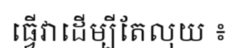
ធ្វើវាដើម្បីតែលុយ ៖